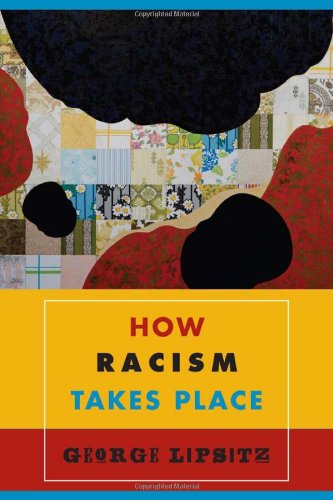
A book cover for How Racism Takes Place; George Lipsitz; Business & Money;